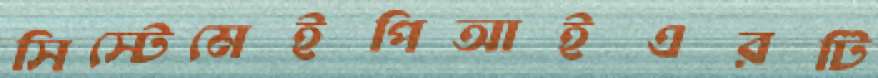
সিস্টেমেইপিআইএরটি